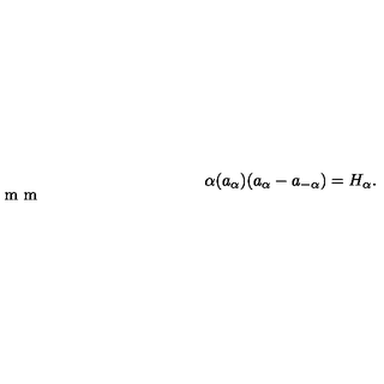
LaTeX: \alpha ( a _ { \alpha } ) ( a _ { \alpha } - a _ { - \alpha } ) = H _ { \alpha } . \vspace { 2 m m }